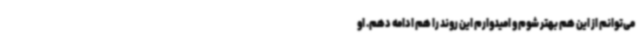
می‌توانم از این هم بهتر شوم و امیدوارم این روند را هم ادامه دهم. او